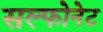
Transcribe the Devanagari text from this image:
सल्फोनेट